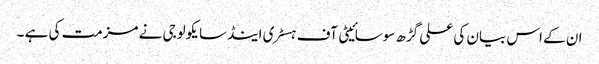
ان کے اس بیان کی علی گڑھ سوسائیٹی آف ہسٹری اینڈسایکولوجی نے مزمت کی ہے ۔